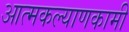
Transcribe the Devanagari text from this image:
आत्मकल्याणकामी